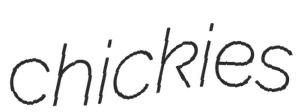
chickies